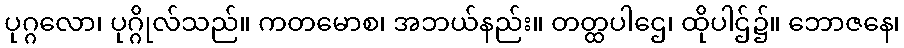
ပုဂ္ဂလော၊ ပုဂ္ဂိုလ်သည်။ ကတမောစ၊ အဘယ်နည်း။ တတ္ထပါဌေ၊ ထိုပါဌ်၌။ ဘောဇနေ၊